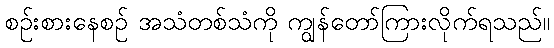
စဉ်းစားနေစဉ် အသံတစ်သံကို ကျွန်တော်ကြားလိုက်ရသည်။